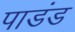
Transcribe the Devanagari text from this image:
पाडंड